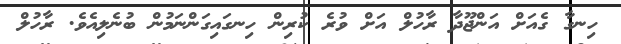
ހިނގާ ގެއަށް އަންޖޫދާ ރާހުލް އަށް ވުރެ ކުރިން ހިނގައިގަންނަމުން ބުނެލިއެވެ. ރާހުލް